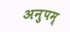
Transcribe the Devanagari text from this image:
अनुपम्